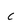
Character: c